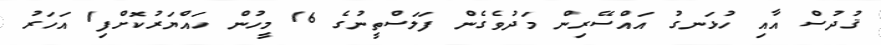
ޤުދުސް އާއި ހުޅަނގު އައްސޭރިން މަދުވެގެން ފަލަސްތީނުގެ 16 މީހުން ހައްޔަރުކޮށްފި1 އަހަރު